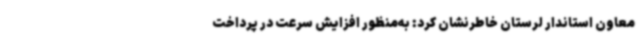
معاون استاندار لرستان خاطرنشان کرد: به‌منظور افزایش سرعت در پرداخت